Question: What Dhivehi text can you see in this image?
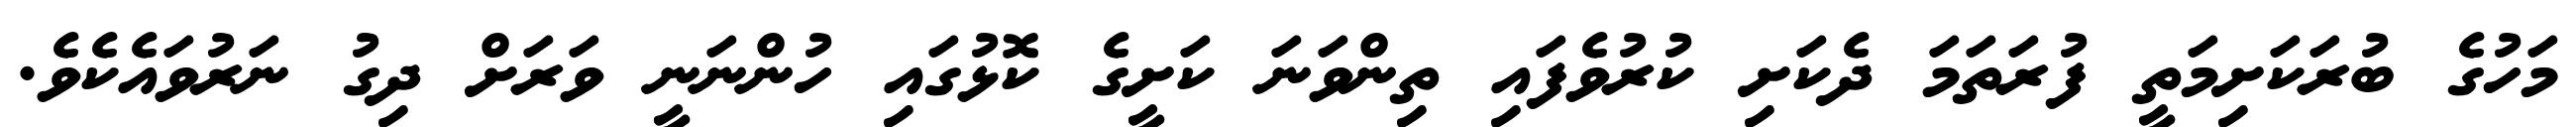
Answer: މަހުގެ ބުރަކަށިމަތީ ފުރަތަމަ ދެކަށި ކުރުވެފައި ތިންވަނަ ކަށީގެ ކޮޅުގައި ހުންނަނީ ވަރަށް ދިގު ނަރުވައެކެވެ.